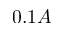
0 . 1 A